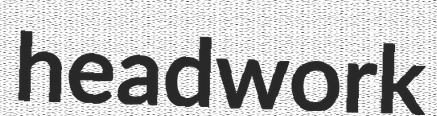
headwork